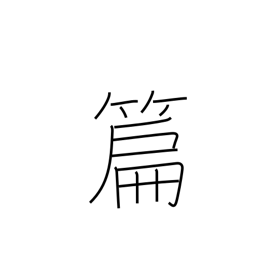
Meaning: compilation